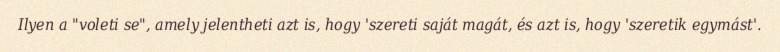
Ilyen a "voleti se", amely jelentheti azt is, hogy 'szereti saját magát, és azt is, hogy 'szeretik egymást'.